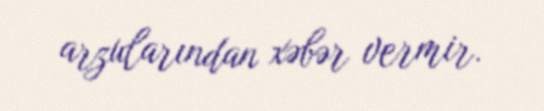
arzularından xəbər vermir.